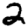
Digit: 2